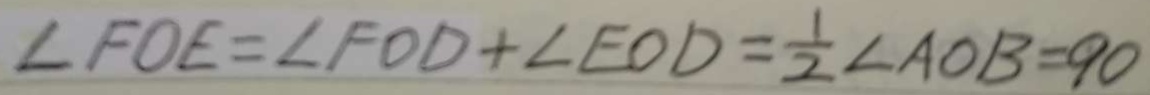
\angle F O E = \angle F O D + \angle E O D = \frac { 1 } { 2 } \angle A O B = 9 0